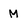
Character: M